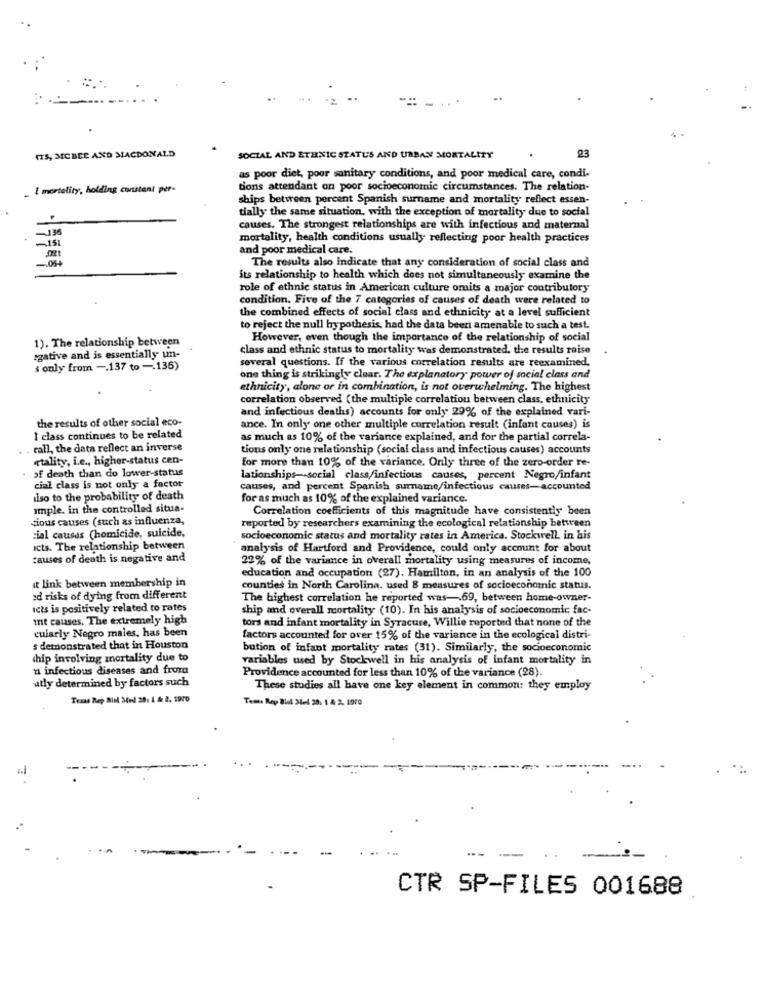
... ...
ITS, MCBEE AND MACDONALD
23
SOCIAL AND ETHNIC STATUS AND URBAN MORTALITY
as poor diet, poor sanitary conditions, and poor medical care, condi-
. I mortelity, holding constant per-
tions attendant on poor socioeconomic circumstances. The relation-
ships between percent Spanish surname and mortality reflect essen-
tially the same situation, with the exception of mortality due to social
causes. The strongest relationships are with infectious and maternal
-151
mortality, health conditions usually reflecting poor health practices
and poor medical care.
The results also indicate that any consideration of social class and
its relationship to health which does not simultaneously examine the
role of ethnic status in American culture omits a major contributory
condition. Five of the 7 categories of causes of death were related to
the combined effects of social class and ethnicity at a level sufficient
to reject the null hypothesis, had the data been amenable to such a test.
1). The relationship between
However, even though the importance of the relationship of social
"gative and is essentially un-
class and ethnic status to mortality was demonstrated. the results raise
s only from -. 137 to -. 135)
several questions. If the various correlation results are reexamined,
one thing is strikingly clear. The explanatory power of social class and
ethnicity, alone or in combination, is not overwhelming. The highest
correlation observed (the multiple correlation between class, ethnicity
and infectious deaths) accounts for only 29% of the explained vari-
the results of other social eco-
ance. In only one other multiple correlation result (infant causes) is
I class continues to be related
as much as 10% of the variance explained, and for the partial correla-
call, the data reflect an inverse
tions only one relationship (social class and infectious causes) accounts
etality, i.e ., higher-status cen-
for more than 10% of the variance. Only three of the zero-order re-
of death than do lower-status
lationships -- social class/infectious causes, percent Negro/infant
cial class is not only a factor
causes, and percent Spanish surname/infectious causes-accounted
liso to the probability of death
for as much as 10% of the explained variance.
Imple. in the controlled situa-
Correlation coefficients of this magnitude have consistently been
Cious causes (such as influenza,
reported by researchers examining the ecological relationship between
cial causas (homicide, suicide,
socioeconomic status and mortality rates in America. Stockwell, in his
Icts. The relationship between
analysis of Hartford and Providence, could only account for about
causes of death is negative and
22% of the variance in overall mortality using measures of income,
education and occupation (27). Hamilton, in an analysis of the 100
it link between membership in
counties in North Carolina. used 8 measures of socioeconomic status.
ad risks of dying from different
The highest correlation he reported was -. 69, between home-owner-
Icts is positively related to rates
ship and overall mortality (10). In his analysis of socioeconomic fac-
it causes. The extremely high
tors and infant mortality in Syracuse, Willie reported that none of the
cuiarly Negro males, has been
factors accounted for over 15% of the variance in the ecological distri-
s demonstrated that in Houston
bution of infant mortality rates (31). Similarly, the socioeconomic
chip involving mortality due to
variables used by Stockwell in his analysis of infant mortality in
u infectious diseases and froma
Providence accounted for less than 10% of the variance (28).
atly determined by factors such
These studies all have one key element in common: they employ
Tema Rep Blok Mel 20, 1 4 2. 1970
-
CTR SP-FILES 001688